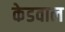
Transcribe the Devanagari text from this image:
केडवाल